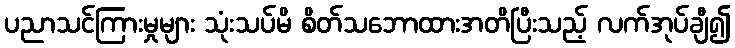
ပညာသင်ကြားမှုများ သုံးသပ်မိ စိတ်သဘောထားအတိပြီးသည့် လက်အုပ်ချီ၍